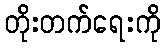
တိုးတက်ရေးကို